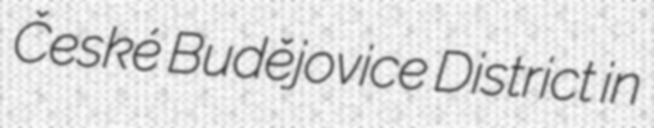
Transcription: České Budějovice District in